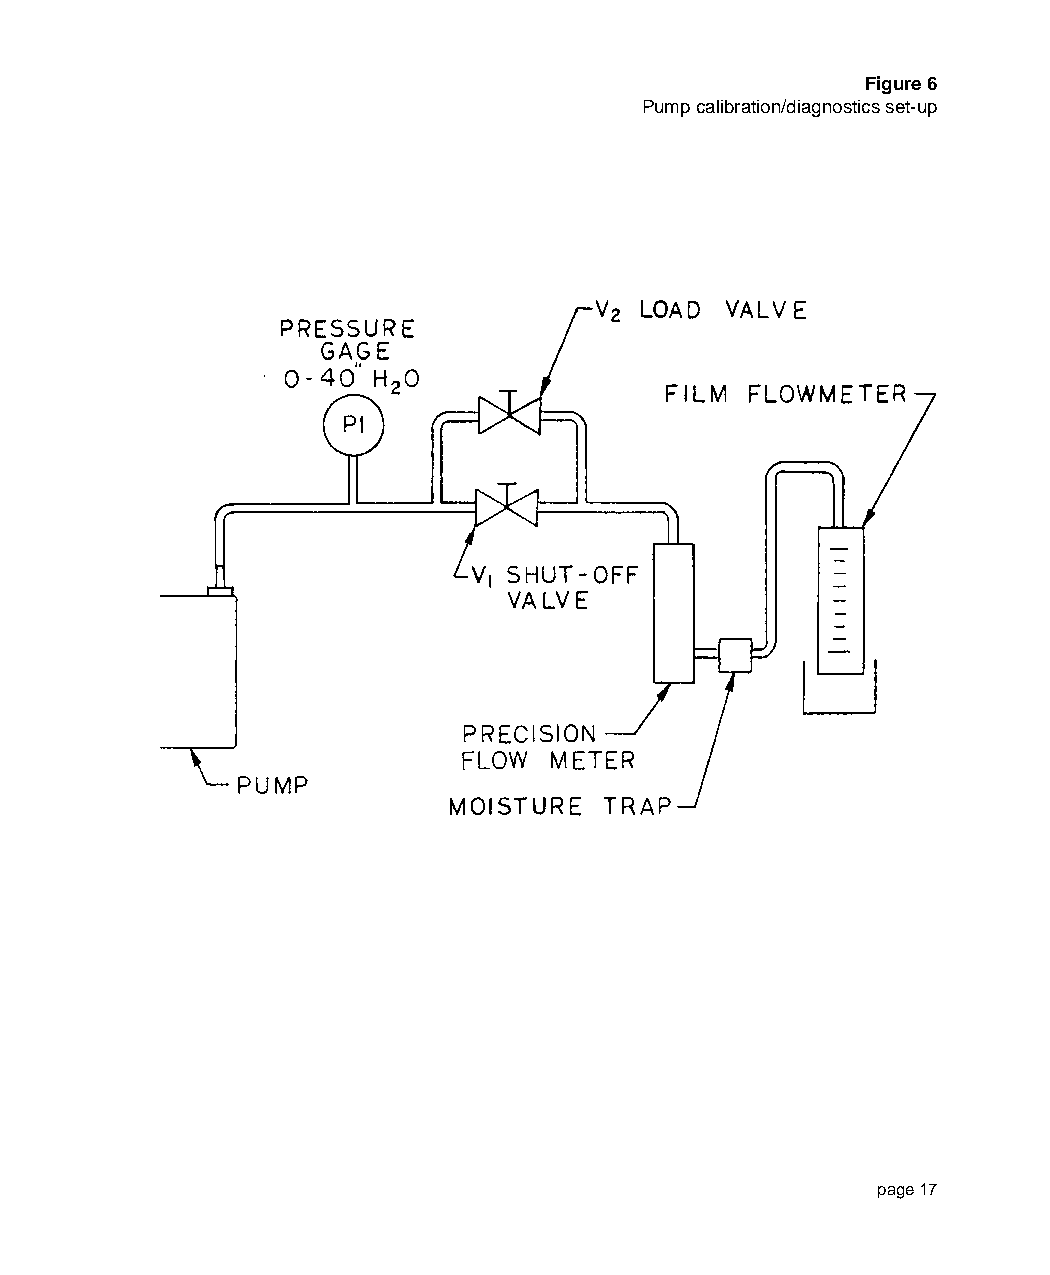
Figure 1                                                                                                               Figure 6
 Flow/Timing Capabilities/Approvals                                                                      Pump calibration/diagnostics set-up
 LOWFLOWS       TIMING
 Elapsed  Instant  Sorbent
 Model   Constant Constant   TTTTTiiiiimmmmmeeeee FFFFFaaaaauuuuulllllttttt TTTTTuuuuubbbbbeeeee
 DDDDDeeeeesssssiiiiigggggnnnnnaaaaatttttiiiiiooooonnnnn FFFFFlllllooooowwwww PPPPPrrrrreeeeessssssssssuuuuurrrrreeeee CCCCCllllloooooccccckkkkk FFFFFuuuuunnnnnccccctttttiiiiiooooonnnnn BBBBBrrrrreeeeeaaaaakkkkkeeeeerrrrr
 •••••    •••••                      •••••
 D
 •••••    •••••    •••••    •••••    •••••
 DC
 INTRINSIC SAFETY APPROVALS
 See product labeling for specific intrinsic safety approvals.
 UL ® (Underwriters Laboratories, Inc.)
 All LFS-113 series pumps are UL approved intrinsically safe for use in hazard-
 ous locations Class I, Groups A, B, C, & D, Class II, Groups E, F, & G and Class
 III.
 UL listed 17G9, Temperature Code T3C.
 MSHA ® (Mine Safety and Health Administration)
 The designs of this air sampling pump meets the requirements of title 30 code
 of Federal Regulations Part 18 and are hereby approved as permissible for use
 in gassy mines, when used with a specified Gilian Battery pack
 SCS ® (SIRA Certification Service), Europe
 Certificate No. Ex90C2011X, Coding: EEx iB IIC T4
 ISO 9002 Quality Assurance Standard, International
 All Gilian products are designed, manufactured and produced in accordance
 with and comply with the ISO 9002 international quality assurance standard.
 page 4                                                                                                                   page 17